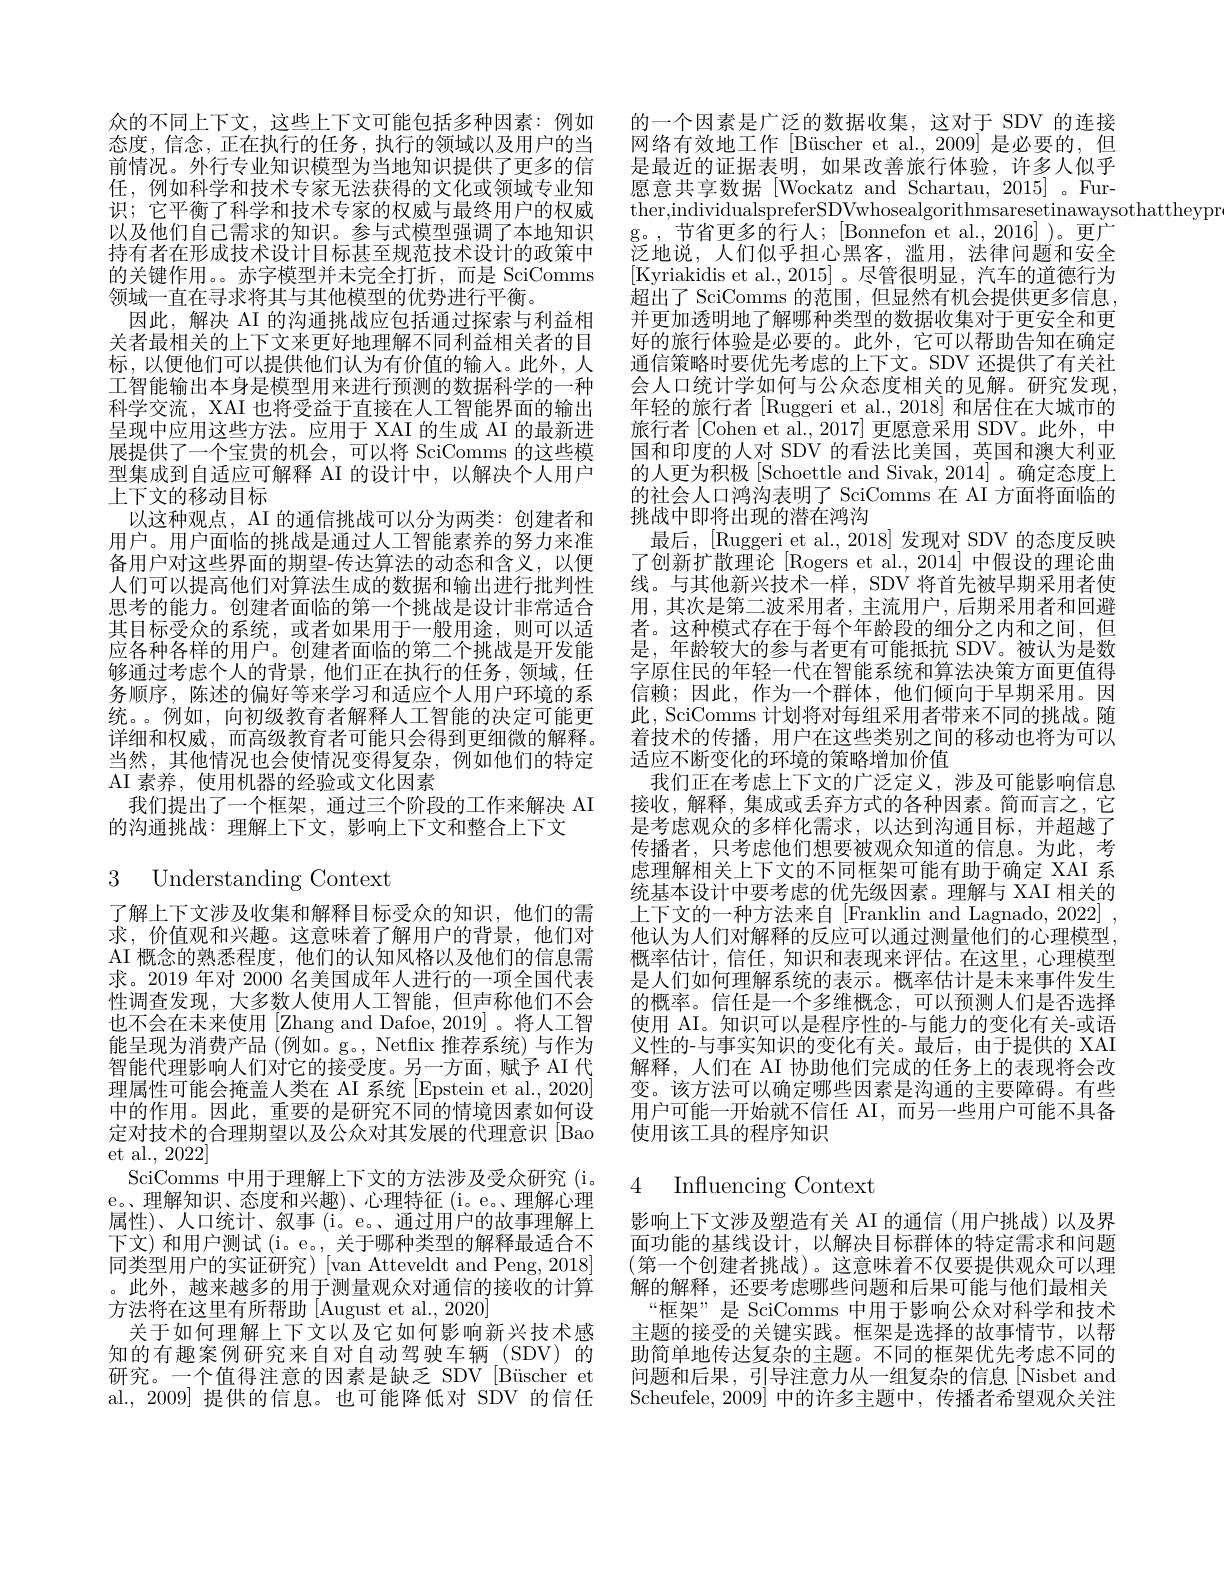
众的不同上下文，这些上下文可能包括多种因素：例如态度，信念，正在执行的任务，执行的领域以及用户的当前情况。外行专业知识模型为当地知识提供了更多的信任，例如科学和技术专家无法获得的文化或领域专业知识；它平衡了科学和技术专家的权威与最终用户的权威以及他们自己需求的知识。参与式模型强调了本地知识持有者在形成技术设计目标甚至规范技术设计的政策中的关键作用。。赤字模型并未完全打折，而是 SciComms 领域一直在寻求将其与其他模型的优势进行平衡。
因此，解决 AI 的沟通挑战应包括通过探索与利益相关者最相关的上下文来更好地理解不同利益相关者的目标，以便他们可以提供他们认为有价值的输入。此外，人工智能输出本身是模型用来进行预测的数据科学的一种科学交流，XAI 也将受益于直接在人工智能界面的输出呈现中应用这些方法。应用于 XAI 的生成 AI 的最新进展提供了一个宝贵的机会，可以将 SciComms 的这些模型集成到自适应可解释 AI 的设计中，以解决个人用户上下文的移动目标
以这种观点，AI 的通信挑战可以分为两类：创建者和用户。用户面临的挑战是通过人工智能素养的努力来准备用户对这些界面的期望-传达算法的动态和含义，以便人们可以提高他们对算法生成的数据和输出进行批判性思考的能力。创建者面临的第一个挑战是设计非常适合其目标受众的系统，或者如果用于一般用途，则可以适应各种各样的用户。创建者面临的第二个挑战是开发能够通过考虑个人的背景，他们正在执行的任务，领域，任务顺序，陈述的偏好等来学习和适应个人用户环境的系统。。例如，向初级教育者解释人工智能的决定可能更详细和权威，而高级教育者可能只会得到更细微的解释。当然，其他情况也会使情况变得复杂，例如他们的特定AI 素养，使用机器的经验或文化因素
我们提出了一个框架，通过三个阶段的工作来解决 AI

的沟通挑战：理解上下文，影响上下文和整合上下文

3 Understanding Context

了解上下文涉及收集和解释目标受众的知识，他们的需求，价值观和兴趣。这意味着了解用户的背景，他们对AI 概念的熟悉程度，他们的认知风格以及他们的信息需求。2019 年对 2000 名美国成年人进行的一项全国代表性调查发现，大多数人使用人工智能，但声称他们不会也不会在未来使用[Zhang and Dafoe, 2019]。将人工智能呈现为消费产品(例如。g。, Netflix 推荐系统) 与作为智能代理影响人们对它的接受度。另一方面，赋予 AI 代理属性可能会掩盖人类在 AI 系统 [Epstein et al., 2020] 中的作用。因此，重要的是研究不同的情境因素如何设定对技术的合理期望以及公众对其发展的代理意识[Bao et al. , 2022]
SciComms 中用于理解上下文的方法涉及受众研究 (i。e。理解知识、态度和兴趣)、心理特征(i。e。理解心理属性)、人口统计、叙事(i。e。、通过用户的故事理解上下文) 和用户测试 (i。e。, 关于哪种类型的解释最适合不同类型用户的实证研究) [van Atteveldt and Peng, 2018] 。此外，越来越多的用于测量观众对通信的接收的计算方法将在这里有所帮助 [August et al., 2020]
关于如何理解上下文以及它如何影响新兴技术感知的有趣案例研究来自对自动驾驶车辆_(SDV)的研究。一个值得注意的因素是缺乏 SDV[Büscher et al.,2009] 提供的信息。也可能降低对 SDV 的信任

的一个因素是广泛的数据收集，这对于 SDV 的连接网络有效地工作 [Büscher et al.,2009] 是必要的，但是最近的证据表明，如果改善旅行体验，许多人似乎愿意共享数据[Wockatz and Schartau, 2015]。Further, individualspreferSDVwhosealgorithmsaresetinawaysothattheypr
g。,节省史多的行人；[Bonnefon et al.,2016])。史厂泛地说，人们似乎担心黑客，滥用，法律问题和安全[Kyriakidis et al., 2015]。尽管很明显，汽车的道德行为超出了 SciComms 的范围，但显然有机会提供更多信息， 并更加透明地了解哪种类型的数据收集对于更安全和更好的旅行体验是必要的。此外，它可以帮助告知在确定通信策略时要优先考虑的上下文。SDV 还提供了有关社会人口统计学如何与公众态度相关的见解。研究发现， 年轻的旅行者 [Ruggeri et al., 2018] 和居住在大城市的旅行者 [Cohen et al., 2017] 更愿意采用 SDV。此外，中国和印度的人对 SDV 的看法比美国，英国和澳大利亚的人更为积极[Schoettle and Sivak, 2014]。确定态度上的社会人口鸿沟表明了 SciComms 在 AI 方面将面临的挑战中即将出现的潜在鸿沟
最后，[Ruggeri et al., 2018]发现对 SDV 的态度反映了创新扩散理论 [Rogers et al., 2014] 中假设的理论曲线。与其他新兴技术一样，SDV 将首先被早期采用者使用，其次是第二波采用者，主流用户，后期采用者和回避者。这种模式存在于每个年龄段的细分之内和之间，但是，年龄较大的参与者更有可能抵抗 SDV。被认为是数字原住民的年轻一代在智能系统和算法决策方面更值得信赖；因此，作为一个群体，他们倾向于早期采用。因此，SciComms 计划将对每组采用者带来不同的挑战。随着技术的传播，用户在这些类别之间的移动也将为可以适应不断变化的环境的策略增加价值
我们正在考虑上下文的广泛定义，涉及可能影响信息接收，解释，集成或丢弃方式的各种因素。简而言之，它是考虑观众的多样化需求，以达到沟通目标，并超越了传播者，只考虑他们想要被观众知道的信息。为此，考虑理解相关上下文的不同框架可能有助于确定 XAI 系统基本设计中要考虑的优先级因素。理解与 XAI 相关的上下文的一种方法来自[Franklin and Lagnado, 2022] , 他认为人们对解释的反应可以通过测量他们的心理模型， 概率估计，信任，知识和表现来评估。在这里，心理模型是人们如何理解系统的表示。概率估计是未来事件发生的概率。信任是一个多维概念，可以预测人们是否选择使用 AI。知识可以是程序性的-与能力的变化有关-或语义性的-与事实知识的变化有关。最后，由于提供的 XAI 解释，人们在 AI 协助他们完成的任务上的表现将会改变。该方法可以确定哪些因素是沟通的主要障碍。有些用户可能一开始就不信任 AI,而另一些用户可能不具备使用该工具的程序知识

### 4 Influencing Context

影响上下文涉及塑造有关 AI 的通信(用户挑战)以及界面功能的基线设计，以解决目标群体的特定需求和问题(第一个创建者挑战)。这意味着不仅要提供观众可以理解的解释，还要考虑哪些问题和后果可能与他们最相关
“框架”是 SciComms 中用于影响公众对科学和技术主题的接受的关键实践。框架是选择的故事情节，以帮助简单地传达复杂的主题。不同的框架优先考虑不同的问题和后果，引导注意力从一组复杂的信息[Nisbet and Scheufele,2009|中的许多主题中，传播者希望观众关注